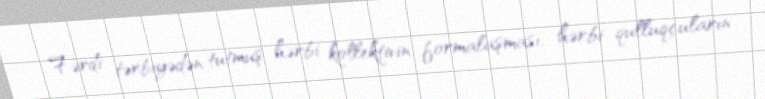
Fərdi tərbiyədən tutmuş hərbi kollektivin formalaşması, hərbi qulluqçuların